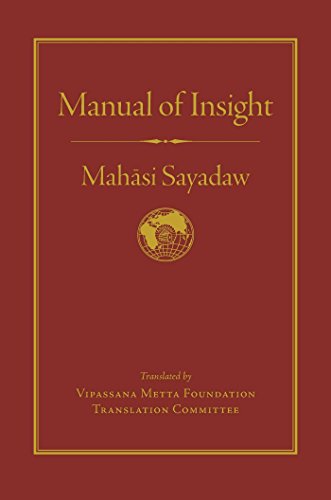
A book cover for Manual of Insight; Mahasi Sayadaw; Religion & Spirituality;